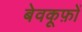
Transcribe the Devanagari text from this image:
बेवकूफ़ों